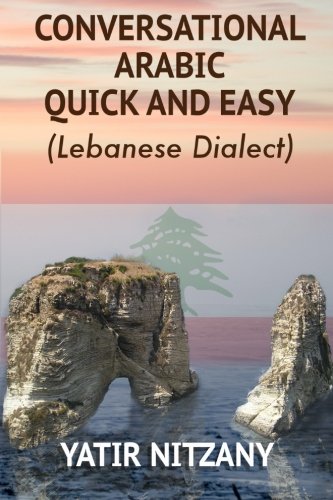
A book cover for Conversational Arabic Quick and Easy: The Most Advanced Revolutionary Technique to Learn Lebanese Arabic Dialect! A Levantine Colloquial ... and Easy - Lebanese Dialect) (Arabic Edition); Yatir Nitzany; Travel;